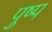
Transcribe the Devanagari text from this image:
पुष्प